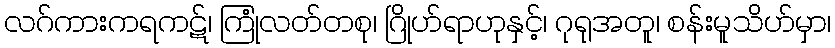
လဂ်ကားကရကဋ်၊ ကြုံလတ်တစု၊ ဂြိုဟ်ရာဟုနှင့်၊ ဂုရုအတူ၊ စန်းမူသိဟ်မှာ၊